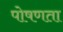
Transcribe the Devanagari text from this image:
पोषणता